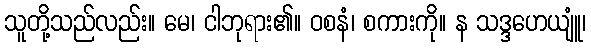
သူတို့သည်လည်း။ မေ၊ ငါဘုရား၏။ ဝစနံ၊ စကားကို။ န သဒ္ဒဟေယျူံ၊